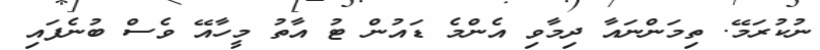
ނުކުރަމޭ. ތިމަންނައާ ދިމާވި އެންމެ ޑައުން ޓު އާތު މީހާއޭ ވެސް ބުނެފައި